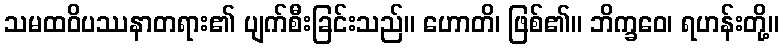
သမထဝိပဿနာတရား၏ ပျက်စီးခြင်းသည်။ ဟောတိ၊ ဖြစ်၏။ ဘိက္ခဝေ၊ ရဟန်းတို့။